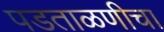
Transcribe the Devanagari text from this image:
पडताळणीचा